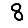
Digit: 8